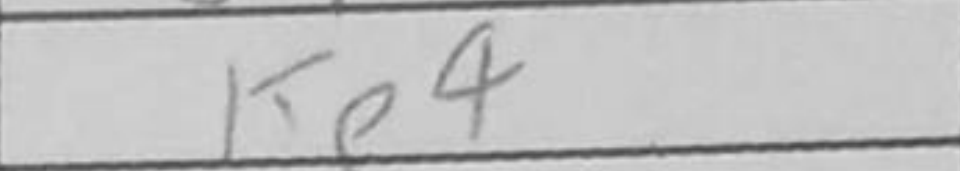
Transcription: Ke4